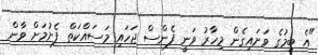
"އެ ބިމުގެ ވަށައިގެން މިހާރު ވަނީ ފެންސް ޖަހައި މަސައްކަތް ފެށުމަށް ވާން